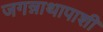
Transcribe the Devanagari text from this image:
जगन्नाथापाशी